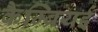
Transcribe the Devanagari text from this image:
कैम्ब्रियई